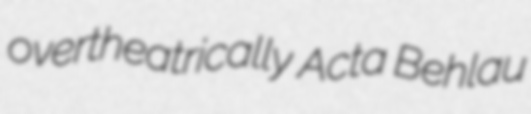
overtheatrically Acta Behlau